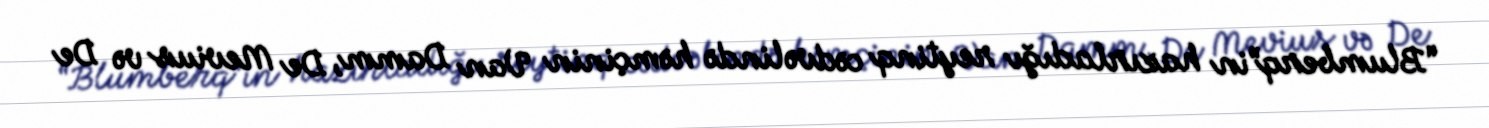
“Blumberq”in hazırladığı reytinq cədvəlində həmçinin Van Damm, De Mevius və De